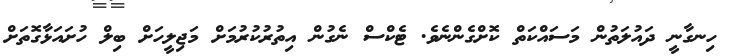
ހިނގާނީ ދައުލަތުން މަސައްކަތް ކޮށްގެންނެވެ. ޓެކްސް ނެގުން އިތުރުކުރުމަށް މަޖިލީހަށް ބިލް ހުށައަޅާގޮތަށް